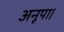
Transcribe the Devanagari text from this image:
अनूपा।